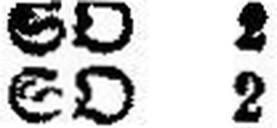
SO 2